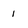
Character: 1